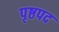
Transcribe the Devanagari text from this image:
पृष्ठपद